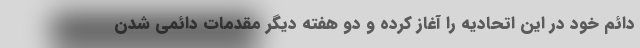
دائم خود در این اتحادیه را آغاز کرده و دو هفته دیگر مقدمات دائمی شدن